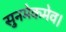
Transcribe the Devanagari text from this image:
सुनमेकमेव।